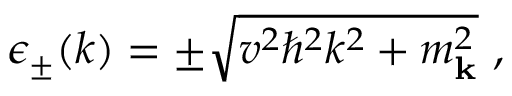
\epsilon _ { \pm } ( k ) = \pm \sqrt { v ^ { 2 } \hbar ^ { 2 } k ^ { 2 } + m _ { \mathbf { k } } ^ { 2 } } \ ,